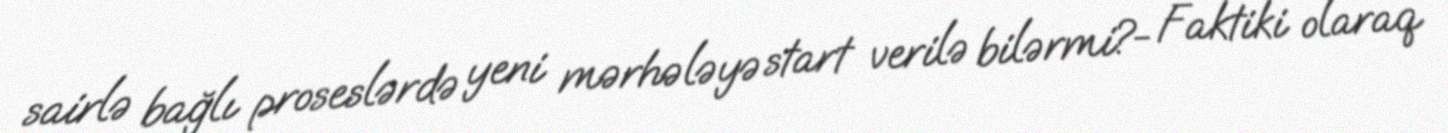
sairlə bağlı proseslərdə yeni mərhələyə start verilə bilərmi?- Faktiki olaraq